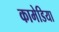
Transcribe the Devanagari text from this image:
कामेडिया